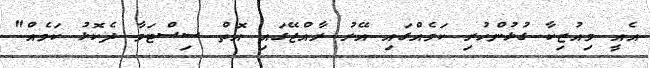
އެއީ މިއުޒިކާ ގުޅުންހުރި ކަމެއްގައި އޭރު ރާއްޖޭގައި އޮތް ސިސްޓަމާ ދެކޮޅު ކަމެއް"